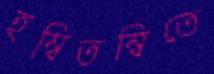
হম্বিতম্বিতে